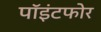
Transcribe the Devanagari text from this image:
पॉइंटफोर